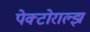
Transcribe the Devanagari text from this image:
पेक्टोराल्झ